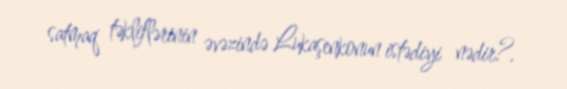
satmaq təkliflərinin əvəzində Lukaşenkonun istədiyi nədir?.